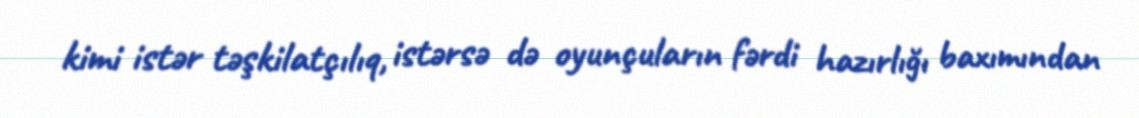
kimi istər təşkilatçılıq, istərsə də oyunçuların fərdi hazırlığı baxımından